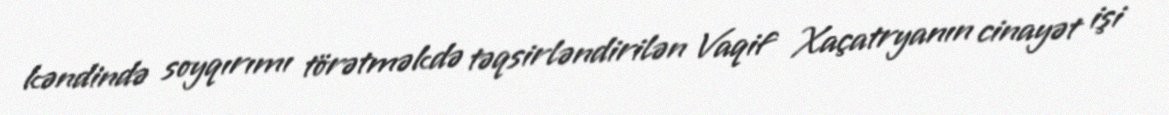
kəndində soyqırımı törətməkdə təqsirləndirilən Vaqif Xaçatryanın cinayət işi